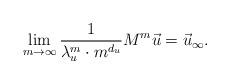
LaTeX: \begin{align*}\lim_{m\to\infty}\frac{1}{\lambda_u^{m} \cdot {m}^{d_u}} M^{m} \vec u=\vec{u}_{\infty}.\end{align*}